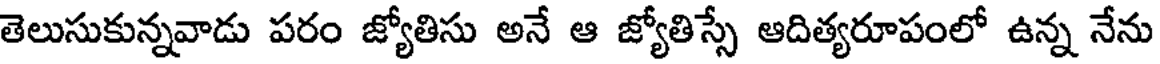
తెలుసుకున్నవాడు పరం జ్యోతిసు అనే ఆ జ్యోతిస్సే ఆదిత్యరూపంలో ఉన్న నేను